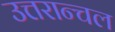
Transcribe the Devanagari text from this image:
उत्तरान्चल